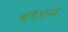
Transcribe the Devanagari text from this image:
ऋषिआनंद